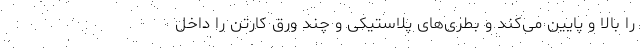
را بالا و پایین می‌کند و بطری‌های پلاستیکی و چند ورق کارتن را داخل